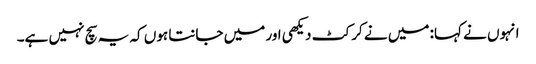
انہوں نے کہا: میں نے کرکٹ دیکھی اور میں جانتا ہوں کہ یہ سچ نہیں ہے۔